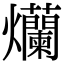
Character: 爤